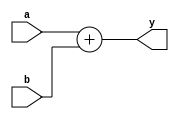
module cpu4_adder (
	input  [31:0] a,
	input  [31:0] b,
	output [31:0] y
	);
	
	assign y = a + b;
	
endmodule